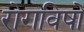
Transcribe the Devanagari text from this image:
रोगविषों